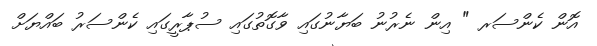
އޮން ކެންސަރ " އިން ނެރުނު ބަޔާނުގައި ވާގޮތުގައި ސުޕާރީގައި ކެންސަރު ބައްޔަށް